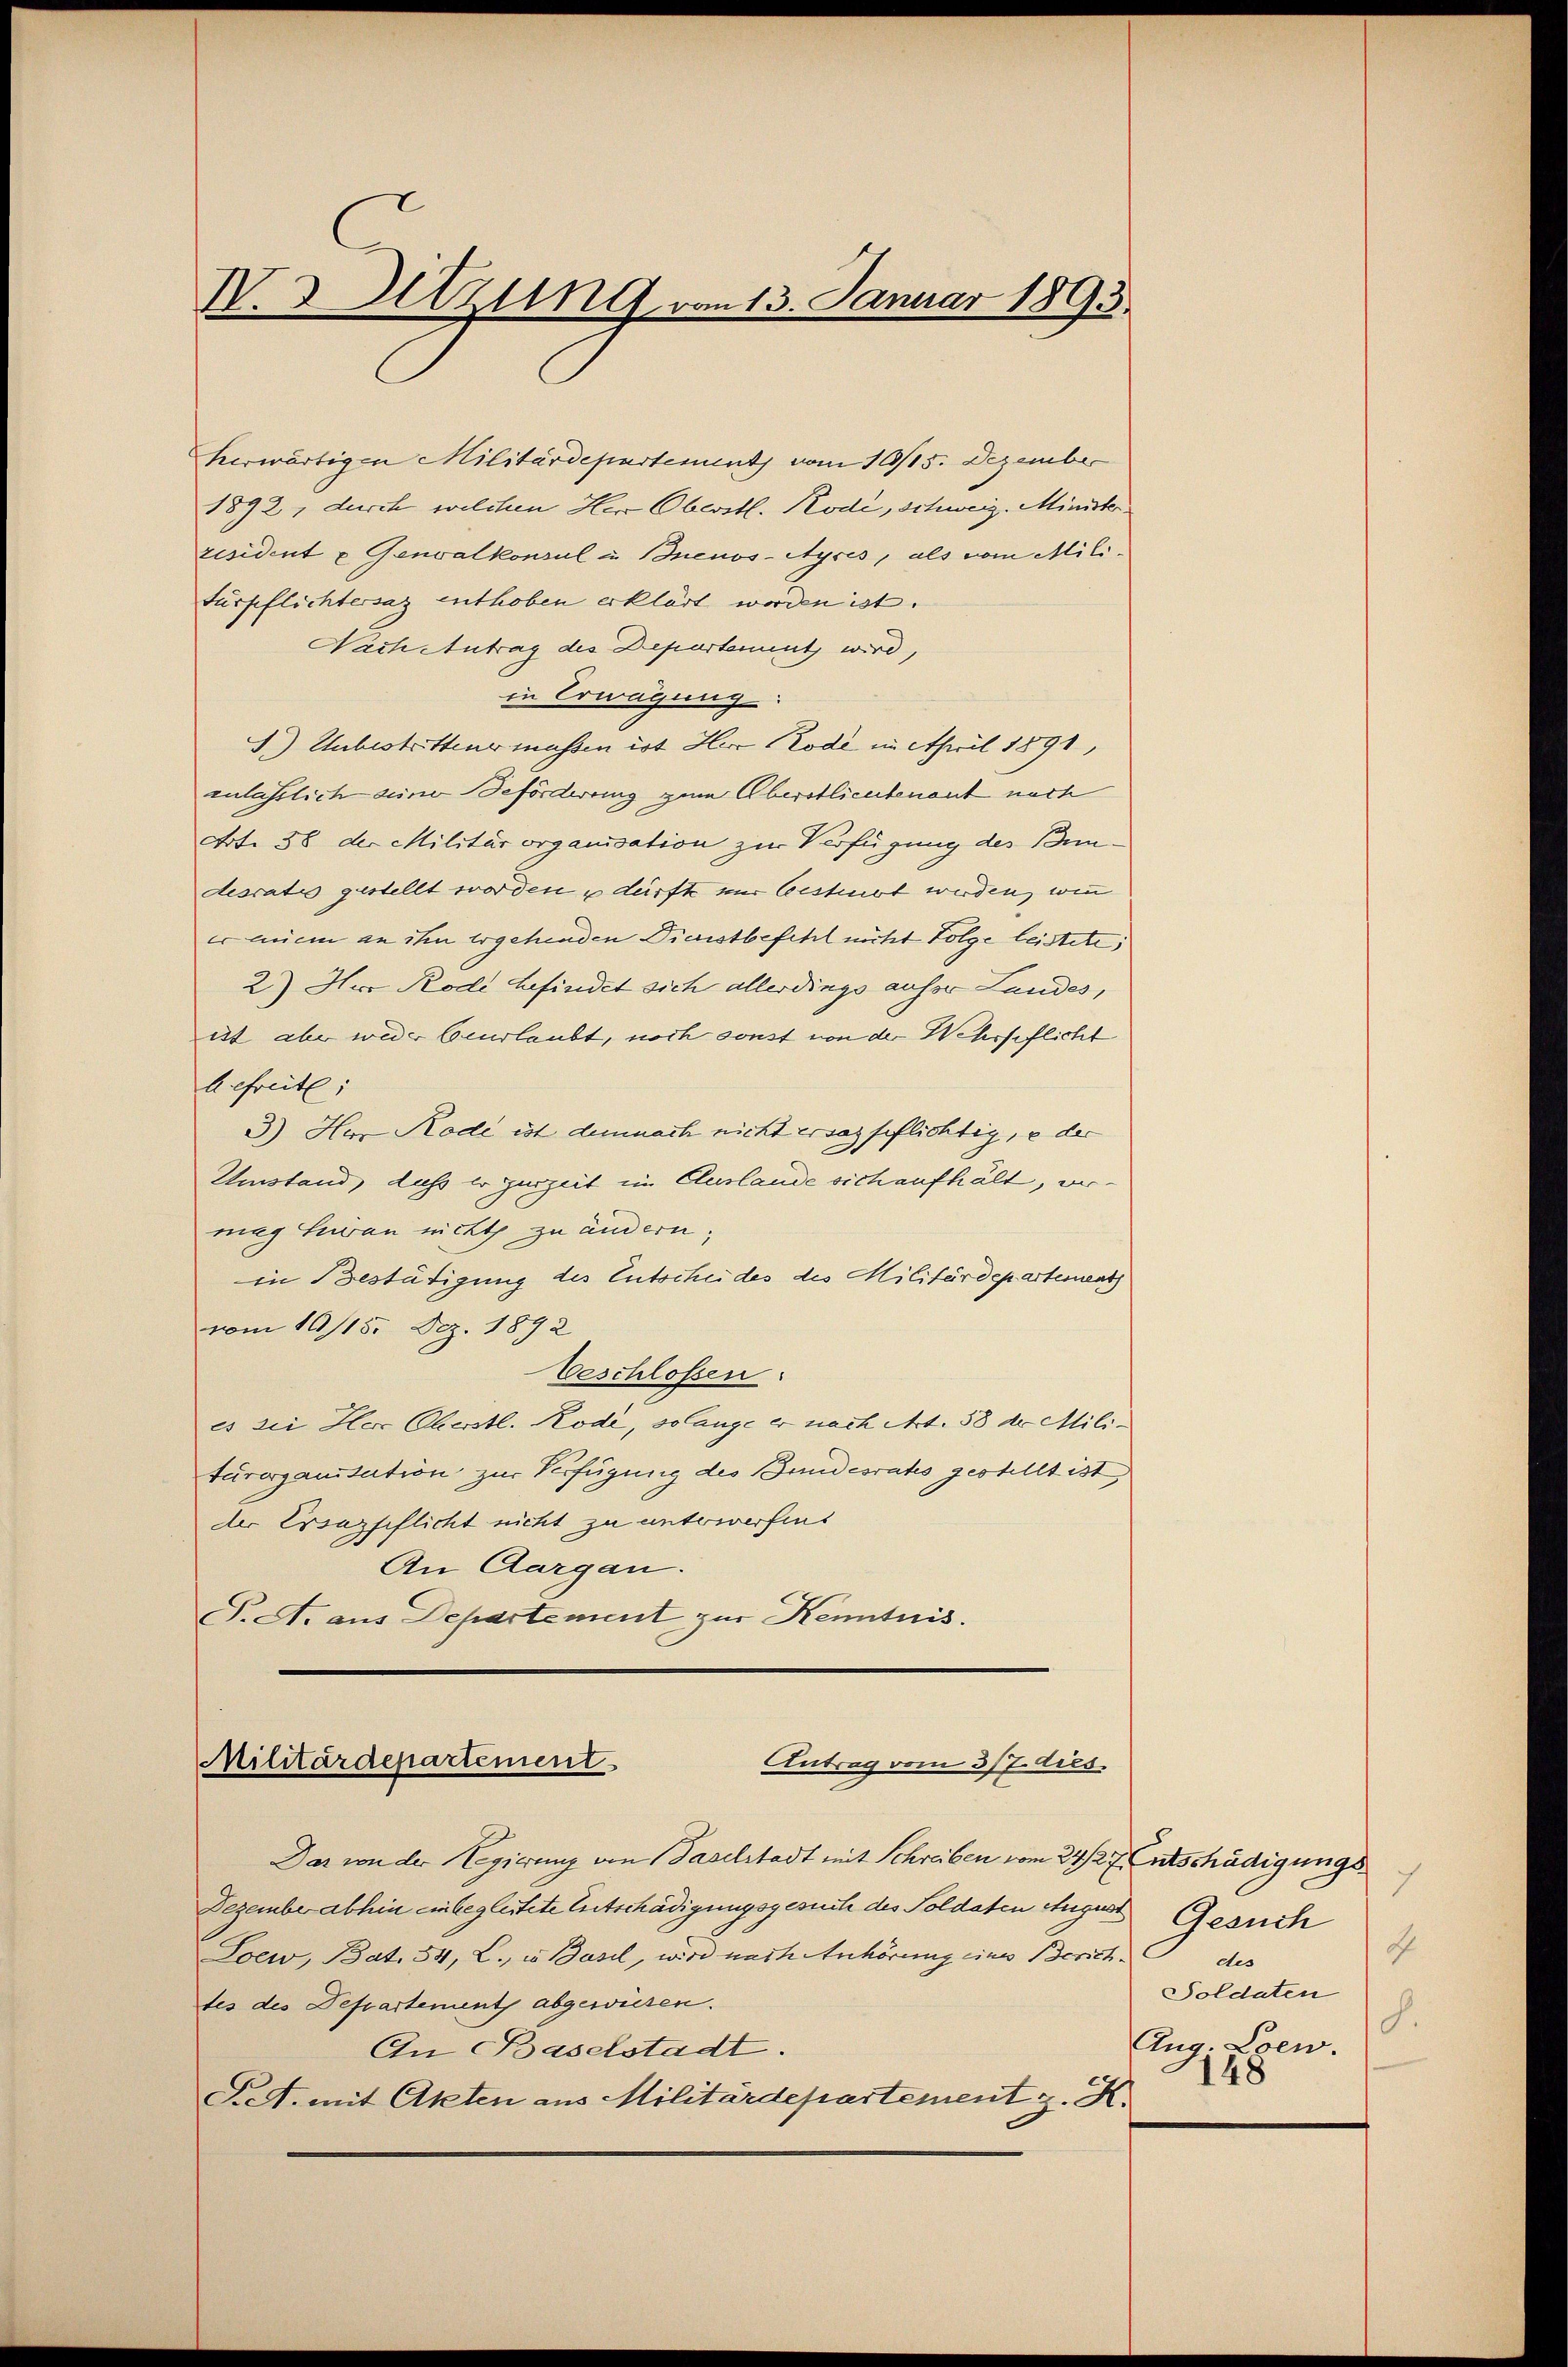
N. 3 Sitzung vom 13. Januar 1895.

herwärtigen Militärdepartement vom 10/15. Dezember
1892, durch welchen Her Oberstl. Rode, schweiz. Minister.
resident u. Genoalkonsul u. Buenos-Ayres, als vom Milifürpflichtersaz enthoben erklärt worden ist.
Nach Antrag des Departement wird,
in Erwägung:
1.) Unbestrittens massen ist Herr Rode in April 1891,
anlässlich seine Beförderung zum Oberstlieutenant nach
Art. 36 der Militärorganisation zur Verfügung des Bundesratis gestellt worden & dürfte nur bestirt werden, wenn
er nem an ihn ergehenden Dienstbefehl nicht Folge leistete,
2) Her Rode befindet sich allerdings aufer Landes,
ist aber weder beurlaubt, noch sonst von der Wehrpflicht
befreite:
3.) Herr Rode ist demnach nicht ersas pflichtig, e der
Umstand, dass er guszeit im Cluslande sich aufhält, vermag hieran nicht zu ändern;
in Bestätigung des Entscheides des Militärdepartement
vom 16/15. Dez. 1892
beschlossen:
es die Herr Oberstl. Rode, so lange er nach Art. 58 der Militärorganisation zur Verfügung des Bundesrates gestellt ist,
der Ersazpflicht nicht zu unterwerfens
An Aargau.
T. A. aus Departement zur Kenntnis.

Militärdepartement
Antrag vom 3/7. dies.

Das von der Regierung von Baselstadt mit Schreiben vom 24. 27. Entschädigungs¬
Dezember abhin einbegleitete Entschädigungsgesuch des Soldaten August
Loew, Bat. 54, L., wo Basel, wird nach Anhörung eines Zürichtes des Departement abgewiesen.
An Baselstadt.
Pet. mit Akten aus Militärdepartement z. K.

7
Gesuch
d
des
Soldaten
8.
Aug. Eben